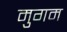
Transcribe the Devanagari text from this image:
मुगम